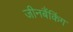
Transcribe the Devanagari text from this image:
जीनबैंकिंग